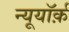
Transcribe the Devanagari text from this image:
न्यूयॉर्क़